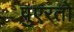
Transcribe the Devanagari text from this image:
पुएरतो